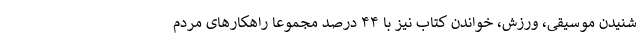
شنیدن موسیقی، ورزش، خواندن کتاب نیز با ۴۴ درصد مجموعاً راهکارهای مردم